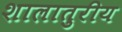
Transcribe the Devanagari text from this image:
शालातुरीय